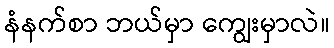
နံနက်စာ ဘယ်မှာ ကျွေးမှာလဲ။